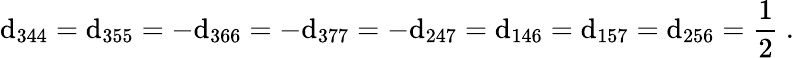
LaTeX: \mathrm{d}_{344}=\mathrm{d}_{355}=-\mathrm{d}_{366}=-\mathrm{d}_{377}=-\mathrm{d}_{247}=\mathrm{d}_{146}=\mathrm{d}_{157}=\mathrm{d}_{256}={\frac{{1}}{{2}}}~.